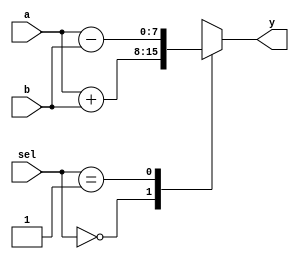
//fr nor only + , -  u implement fr /,*,lftshft,etc
module alu_function(a,b,sel,y);
parameter ADD 	   	= 3'b000;
parameter SUB		 = 3'b001;
//parameter MUL		 = 3'b010;
//parameter DIV		 = 3'b011;
//parameter MODULS	 = 3'b100;
//parameter LFTSHFT	 = 3'b101;
//parameter RYTSHIT	 = 3'b110;
//parameter PWR		 = 3'b111;

input [7:0] a,b;
input [2:0] sel;//ip sel which used to sel operation to perfom by alu
output reg [7:0] y;
integer i;

//function declaration has to done outside proicedural block
function reg[7:0] alu_fun(input[7:0] a,b, input[2:0] sel);
 	begin
		case(sel)
			3'b000:begin //alu_fnctin1st case is add
				alu_fun = a + b;
			end
			3'b001:begin// 2nd case is sub
				alu_fun = a-b;
			end
			//do remaing case items
					//3'b010:begin
					//alu_function = a[3:0] * b[3:0];
					//end// as ot of mul is 8 bit *8bit is 16 and our y is 16 take 4*4
		endcase
	end
 endfunction


always@(*)begin
y = alu_fun(a,b,sel);
end
endmodule